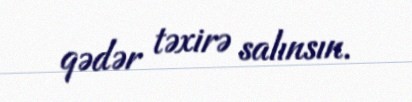
qədər təxirə salınsın.